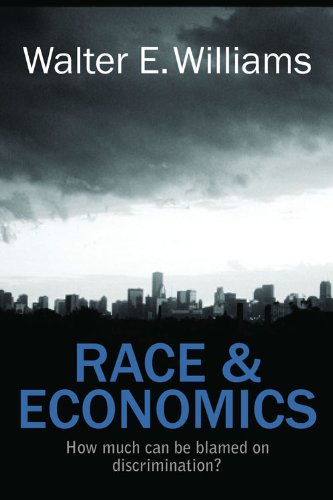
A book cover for Race & Economics: How Much Can Be Blamed on Discrimination? (Hoover Institution Press Publication); Walter E. Williams; Business & Money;